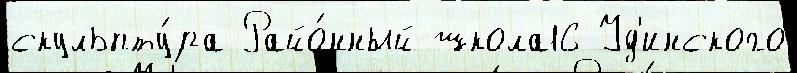
скульпту́ра Райо́нный школа16 Уд'инского